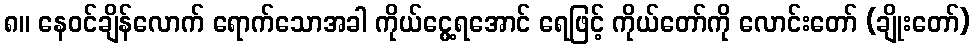
၈။ နေဝင်ချိန်လောက် ရောက်သောအခါ ကိုယ်ငွေ့ရအောင် ရေဖြင့် ကိုယ်တော်ကို လောင်းတော် (ချိုးတော်)